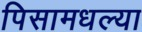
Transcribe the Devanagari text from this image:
पिसामधल्या